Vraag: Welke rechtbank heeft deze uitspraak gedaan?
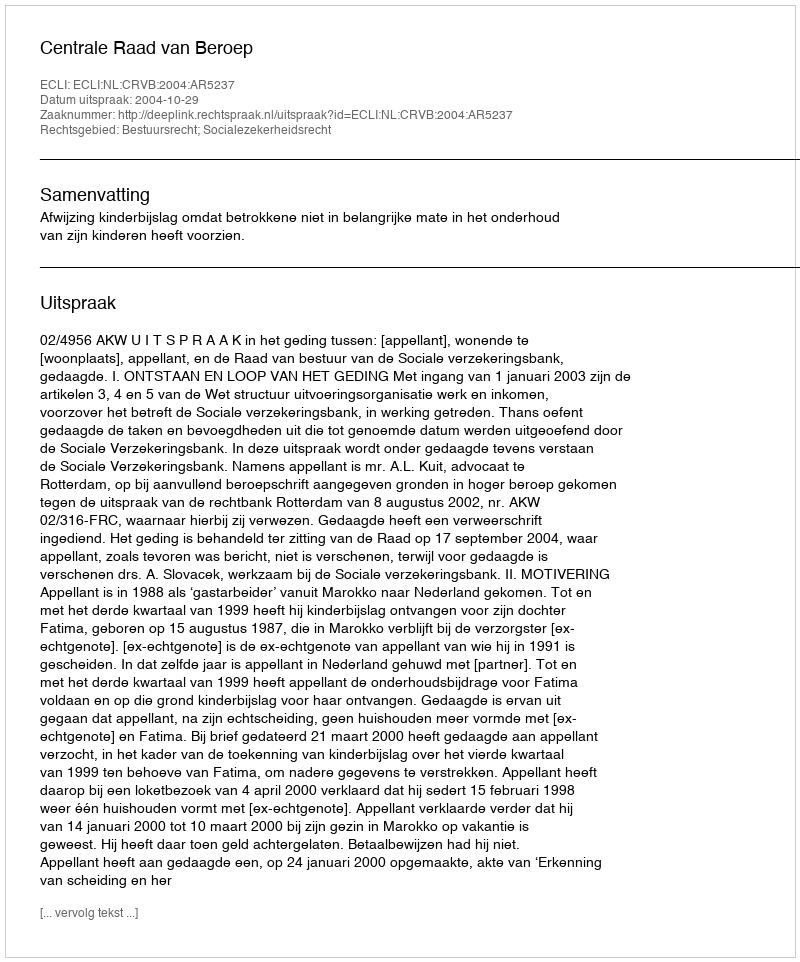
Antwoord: Centrale Raad van Beroep